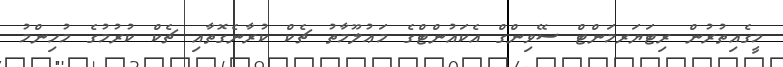
މީގެއިތުރުން ރިޓަޔަރމަންޓް ސޭވިންގް އެކައުންޓްގެ މަޢުލޫމާތު ޗެކް ކުރާނެގޮތާއި ޗެކް ކުރުމުގެ މުހިންމު